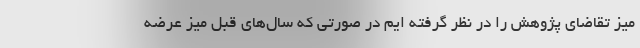
میز تقاضای پژوهش را در نظر گرفته ایم در صورتی که سال‌های قبل میز عرضه